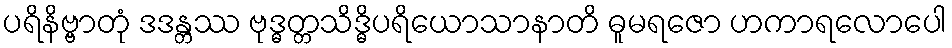
ပရိနိဗ္ဗာတုံ ဒဒန္တဿ ဗုဒ္ဓတ္တသိဒ္ဓိပရိယောသာနာတိ ဓူမရဇော ဟကာရလောပေါ